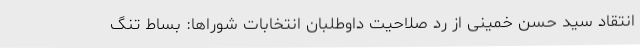
انتقاد سید حسن خمینی از رد صلاحیت داوطلبان انتخابات شوراها: بساط تنگ